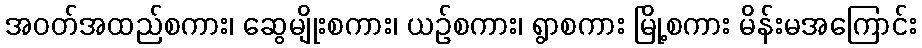
အဝတ်အထည်စကား၊ ဆွေမျိုးစကား၊ ယဉ်စကား၊ ရွာစကား မြို့စကား မိန်းမအကြောင်း